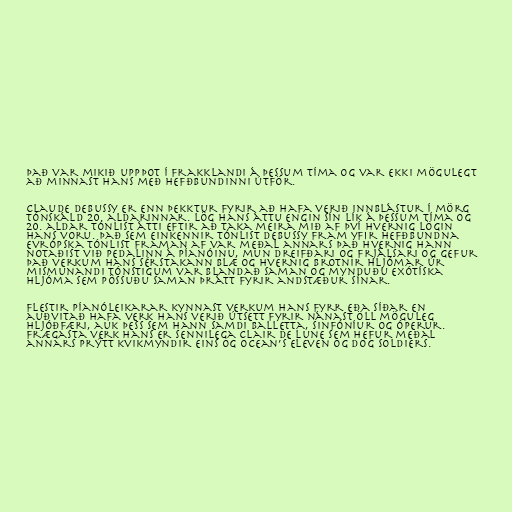
Það var mikið uppþot í Frakklandi á þessum tíma og var ekki mögulegt
að minnast hans með hefðbundinni útför.

Claude Debussy er enn þekktur fyrir að hafa verið innblástur í mörg
tónskáld 20. aldarinnar. Lög hans áttu engin sín lík á þessum tíma og
20. aldar tónlist átti eftir að taka meira mið af því hvernig lögin
hans voru. Það sem einkennir tónlist Debussy fram yfir hefðbundna
evrópska tónlist framan af var meðal annars það hvernig hann
notaðist við pedalinn á píanóinu, mun dreifðari og frjálsari og gefur
það verkum hans sérstakann blæ og hvernig brotnir hljómar úr
mismunandi tónstigum var blandað saman og mynduðu exótíska
hljóma sem pössuðu saman þrátt fyrir andstæður sínar.

Flestir píanóleikarar kynnast verkum hans fyrr eða síðar en
auðvitað hafa verk hans verið útsett fyrir nánast öll möguleg
hljóðfæri, auk þess sem hann samdi balletta, sinfóníur og óperur.
Frægasta verk hans er sennilega Clair de Lune sem hefur meðal
annars prýtt kvikmyndir eins og Ocean’s Eleven og Dog Soldiers.